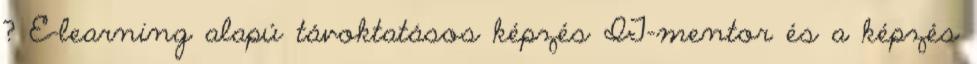
? E-learning alapú távoktatásos képzés IT-mentor és a képzés